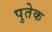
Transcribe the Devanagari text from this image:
पुतेक